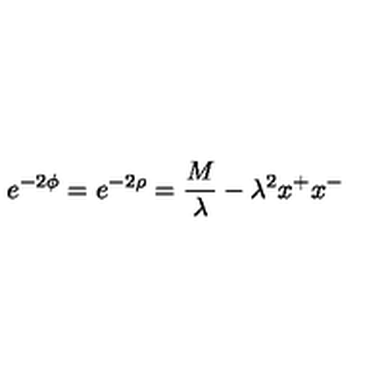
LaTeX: e ^ { - 2 \phi } = e ^ { - 2 \rho } = \frac { M } { \lambda } - \lambda ^ { 2 } x ^ { + } x ^ { - }